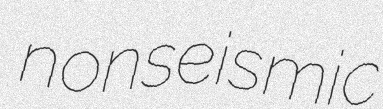
nonseismic